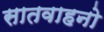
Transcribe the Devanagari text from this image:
सातवाहनो